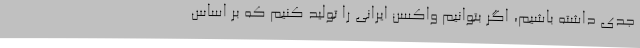
جدی داشته باشیم، اگر بتوانیم واکسن ایرانی را تولید کنیم که بر اساس